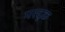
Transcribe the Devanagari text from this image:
मरदुक